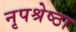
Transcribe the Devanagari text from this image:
नृपश्रेष्ठा